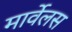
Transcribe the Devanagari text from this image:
मार्वेलस